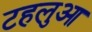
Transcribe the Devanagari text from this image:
टहलुआ